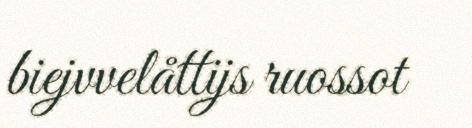
biejvvelåttijs ruossot